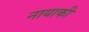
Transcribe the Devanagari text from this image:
नायाकी